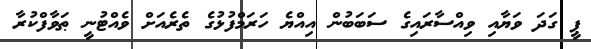
ޕީ ގަދަ ވަޔާއި ވިއްސާރައިގެ ސަބަބުން އިއްޔެ ހަރަމްފުޅުގެ ތެރެއަށް ވެއްޓުނީ ޠަވާފްކުރާ